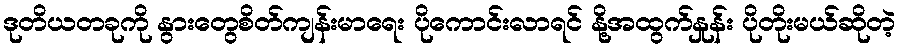
ဒုတိယတခုကို နွားတွေစိတ်ကျန်းမာရေး ပိုကောင်းလာရင် နို့အထွက်နှုန်း ပိုတိုးမယ်ဆိုတဲ့